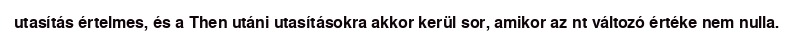
utasítás értelmes, és a Then utáni utasításokra akkor kerül sor, amikor az nt változó értéke nem nulla.